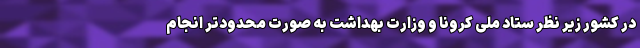
در کشور زیر نظر ستاد ملی کرونا و وزارت بهداشت به صورت محدودتر انجام